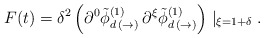
\begin{align*}F(t) = \delta^{2} \left( \partial^{0} \tilde{\phi}^{(1)}_{d \, ( \rightarrow) }\, \partial^{\xi} \tilde{\phi}^{(1)}_{d \, (\rightarrow)} \right) \mid_{\xi = 1 + \delta}.\end{align*}